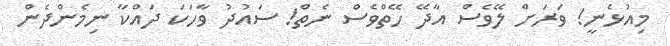
މިއުޅެނީ! ވަރަށް ލޭވެސް އާދޭ ހޭތްވެސް ނެތް! ސައުދު ވާހަކަ ދައްކާ ނިމެންދެން